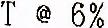
T @ 6%